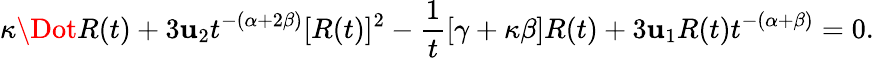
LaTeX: \kappa\Dot{R}(t)+3\mathbf{u}_{2}t^{-(\alpha+2\beta)}[R(t)]^{2}-\frac{{1}}{{t}}[\gamma+\kappa\beta]R(t)+3\mathbf{u}_{1}R(t)t^{-(\alpha+\beta)}=0.